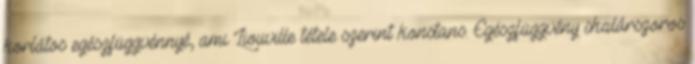
korlátos egészfüggvénnyé, ami Liouville tétele szerint konstans. Egészfüggvény skalárszoros